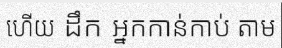
ហើយ ដឹក អ្នកកាន់កាប់ តាម